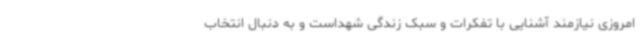
امروزی نیازمند آشنایی با تفکرات و سبک زندگی شهداست و به دنبال انتخاب